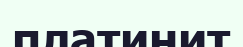
платинит